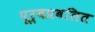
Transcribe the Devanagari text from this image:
पूर्वप्रबलित